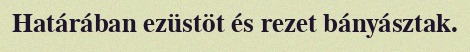
Határában ezüstöt és rezet bányásztak.